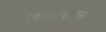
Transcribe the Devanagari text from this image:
रक्तचंदनात